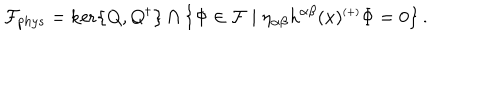
LaTeX: { \mathcal { F } } _ { p h y s } = \ker \left\{ Q , Q ^ { \dagger } \right\} \cap \left\{ \Phi \in { \mathcal { F } } \mid \eta _ { \alpha \beta } h ^ { \alpha \beta } ( x ) ^ { \scriptscriptstyle ( + ) } \Phi = 0 \right\} .